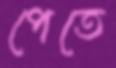
পেতে